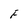
Character: F